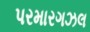
પરમારગઝલ